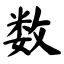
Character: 数